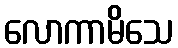
လောကာမိသေ